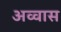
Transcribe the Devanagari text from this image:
अव्वास